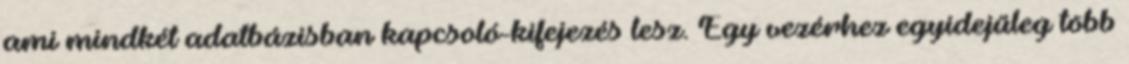
ami mindkét adatbázisban kapcsoló-kifejezés lesz. Egy vezérhez egyidejűleg több